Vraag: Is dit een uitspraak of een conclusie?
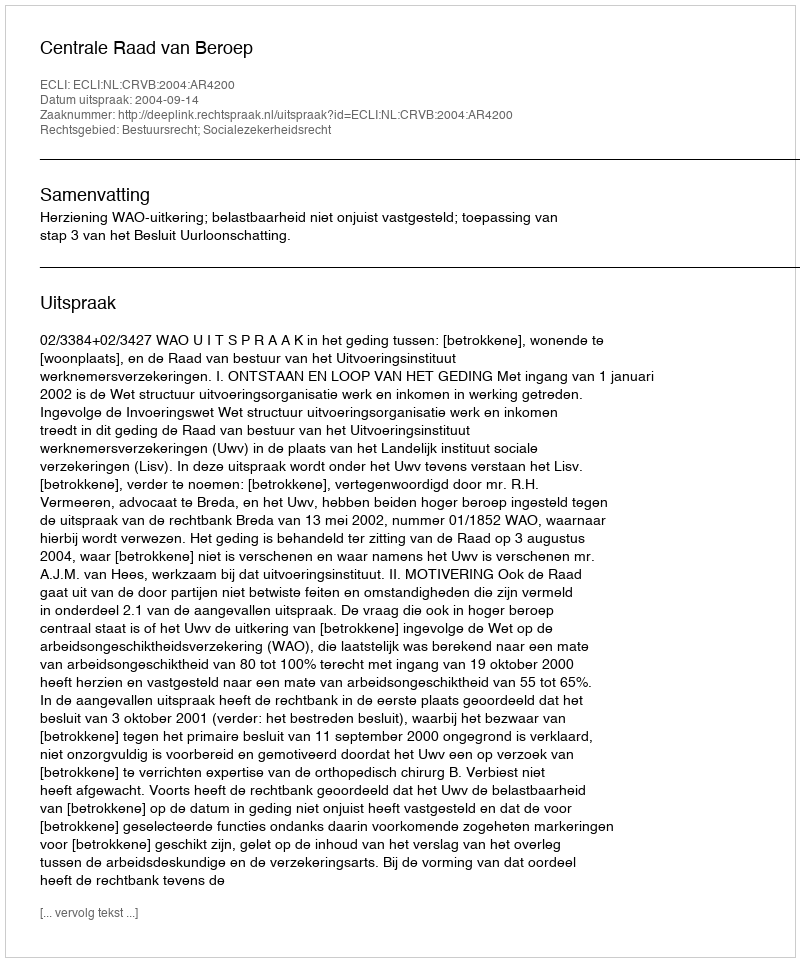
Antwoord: Uitspraak